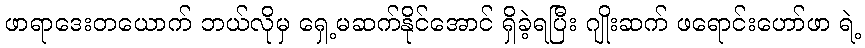
ဖာရာဒေးတယောက် ဘယ်လိုမှ ရှေ့မဆက်နိုင်အောင် ရှိခဲ့ရပြီး ဂျိုးဆက် ဖရောင်းဟော်ဖာ ရဲ့